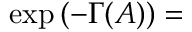
\exp \left( - \Gamma ( A ) \right) =